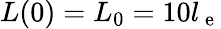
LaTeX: L(0)=L_{0}=10l_{\mathrm{~e~}}